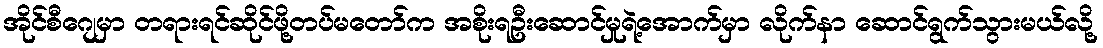
အိုင်စီဂျေမှာ တရားရင်ဆိုင်ဖို့တပ်မတော်က အစိုးရဦးဆောင်မှုရဲ့အောက်မှာ လိုက်နာ ဆောင်ရွက်သွားမယ်လို့